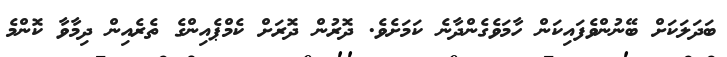
ބަދަލަކަށް ބޭނުންވެފައިކަން ހާމަވެގެންދާނެ ކަމަށެވެ. ދޮރުން ދޮރަށް ކެމްޕެއިންގެ ތެރެއިން ދިމާވާ ކޮންމެ